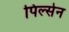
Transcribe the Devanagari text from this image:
पिल्सेन